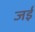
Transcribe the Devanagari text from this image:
जईं